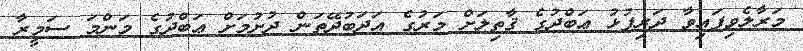
މަރާލެވިފައިވާ ދަރިފުޅު ޢަބްދުގެ ޤާތިލަށް މަރުގެ އަދަބުދޭތަން ދުށުމަށް ޢަބްދުގެ މަންމަ ސަމީރާ